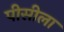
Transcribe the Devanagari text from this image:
पीसीला